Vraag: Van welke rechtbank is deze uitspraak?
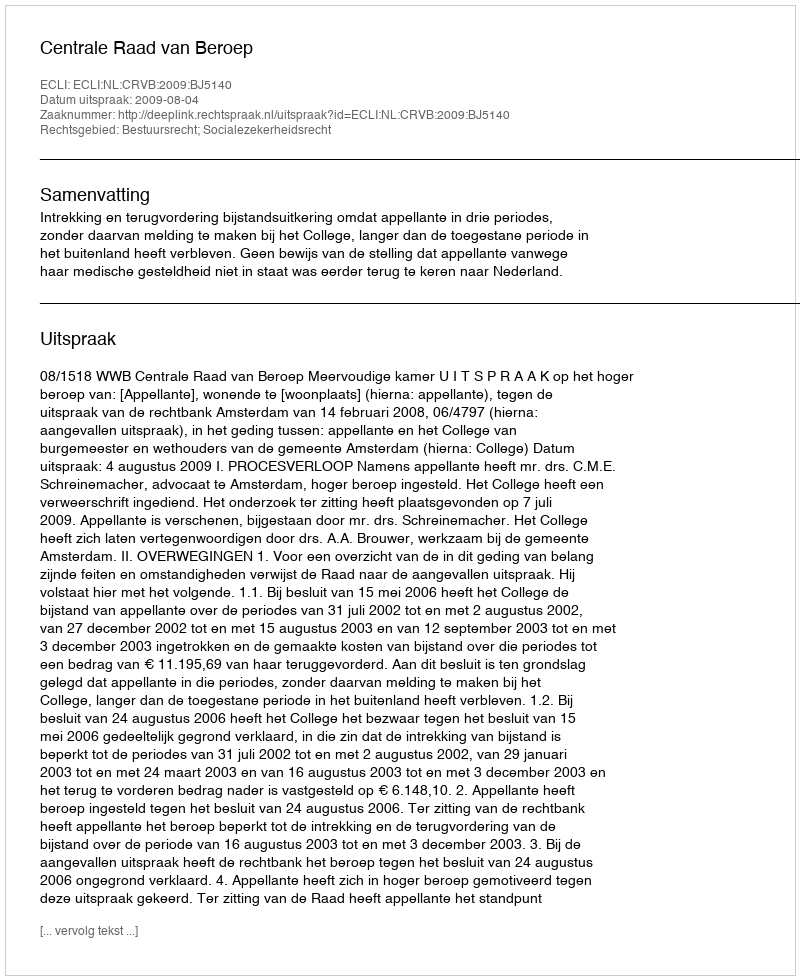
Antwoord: Centrale Raad van Beroep